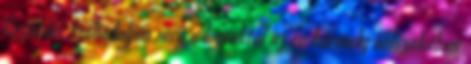
tisztítási Szabaduljon meg a lomoktól az év bármely időszakában